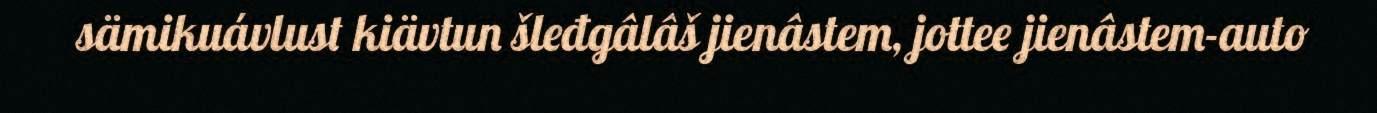
sämikuávlust kiävtun šleđgâlâš jienâstem, jottee jienâstem-auto